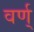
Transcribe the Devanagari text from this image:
वर्ण्